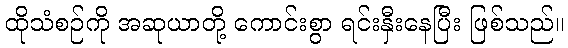
ထိုသံစဉ်ကို အဆုယာတို့ ကောင်းစွာ ရင်းနှီးနေပြီး ဖြစ်သည်။